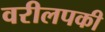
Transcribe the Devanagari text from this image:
वरीलपकी